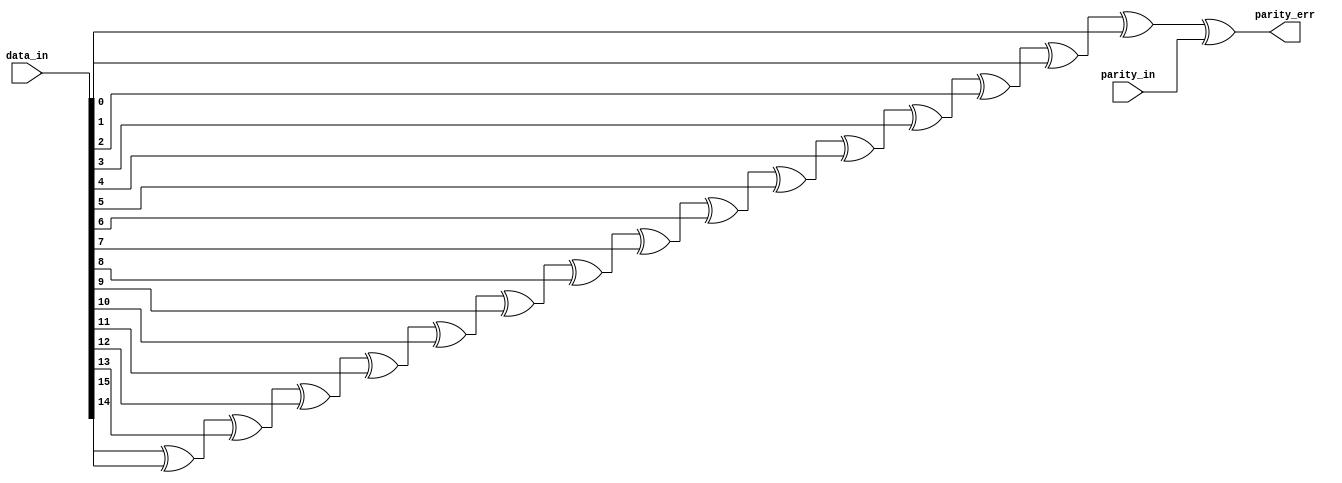
module rveven_paritycheck
(
  data_in,
  parity_in,
  parity_err
);

  input [15:0] data_in;
  input parity_in;
  output parity_err;
  wire parity_err,N0,N1,N2,N3,N4,N5,N6,N7,N8,N9,N10,N11,N12,N13,N14;
  assign parity_err = N14 ^ parity_in;
  assign N14 = N13 ^ data_in[0];
  assign N13 = N12 ^ data_in[1];
  assign N12 = N11 ^ data_in[2];
  assign N11 = N10 ^ data_in[3];
  assign N10 = N9 ^ data_in[4];
  assign N9 = N8 ^ data_in[5];
  assign N8 = N7 ^ data_in[6];
  assign N7 = N6 ^ data_in[7];
  assign N6 = N5 ^ data_in[8];
  assign N5 = N4 ^ data_in[9];
  assign N4 = N3 ^ data_in[10];
  assign N3 = N2 ^ data_in[11];
  assign N2 = N1 ^ data_in[12];
  assign N1 = N0 ^ data_in[13];
  assign N0 = data_in[15] ^ data_in[14];

endmodule